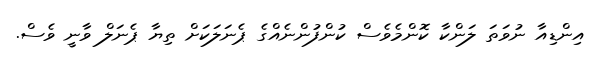
އިންޑިއާ ނުވަތަ ލަންކާ ކޮންމެވެސް ކުންފުންނެއްގެ ޕެނަލަކަށް ތިޔާ ޕެނަލް ވާނީ ވެސް.